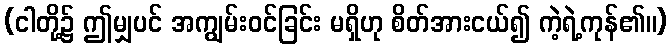
(ငါတို့၌ ဤမျှပင် အကျွမ်းဝင်ခြင်း မရှိဟု စိတ်အားငယ်၍ ကဲ့ရဲ့ကုန်၏။)